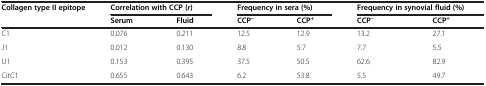
| Collagen type II epitope | <COLSPAN=2> Correlation with CCP ( r ) | <COLSPAN=2> Frequency in sera (%) | <COLSPAN=2> Frequency in synovial fluid (%) |
 |  | Serum | Fluid | CCP– | CCP+ | CCP– | CCP+ |
 | --- | --- | --- | --- | --- | --- | --- |
 | C1 | 0.076 | 0.211 | 12.5 | 12.9 | 13.2 | 27.1 |
 | J1 | 0.012 | 0.130 | 8.8 | 5.7 | 7.7 | 5.5 |
 | U1 | 0.153 | 0.395 | 37.5 | 50.5 | 62.6 | 82.9 |
 | CitC1 | 0.655 | 0.643 | 6.2 | 53.8 | 5.5 | 49.7 |